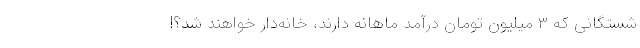
شستگانی که ۳ میلیون تومان درآمد ماهانه دارند، خانه‌دار خواهند شد؟!